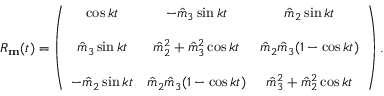
\begin{array} { r } { R _ { \bf m } ( t ) = \left( \begin{array} { c c c } { \cos k t } & { - \hat { m } _ { 3 } \sin k t } & { \hat { m } _ { 2 } \sin k t } \\ { { } } & { { } } & { { } } \\ { \hat { m } _ { 3 } \sin k t } & { \hat { m } _ { 2 } ^ { 2 } + \hat { m } _ { 3 } ^ { 2 } \cos k t } & { \hat { m } _ { 2 } \hat { m } _ { 3 } ( 1 - \cos k t ) } \\ { { } } & { { } } & { { } } \\ { - \hat { m } _ { 2 } \sin k t } & { \hat { m } _ { 2 } \hat { m } _ { 3 } ( 1 - \cos k t ) } & { \hat { m } _ { 3 } ^ { 2 } + \hat { m } _ { 2 } ^ { 2 } \cos k t } \end{array} \right) . } \end{array}